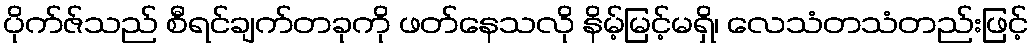
ပိုက်ဇ်သည် စီရင်ချက်တခုကို ဖတ်နေသလို နိမ့်မြင့်မရှိ၊ လေသံတသံတည်းဖြင့်